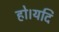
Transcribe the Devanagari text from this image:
हो।यदि